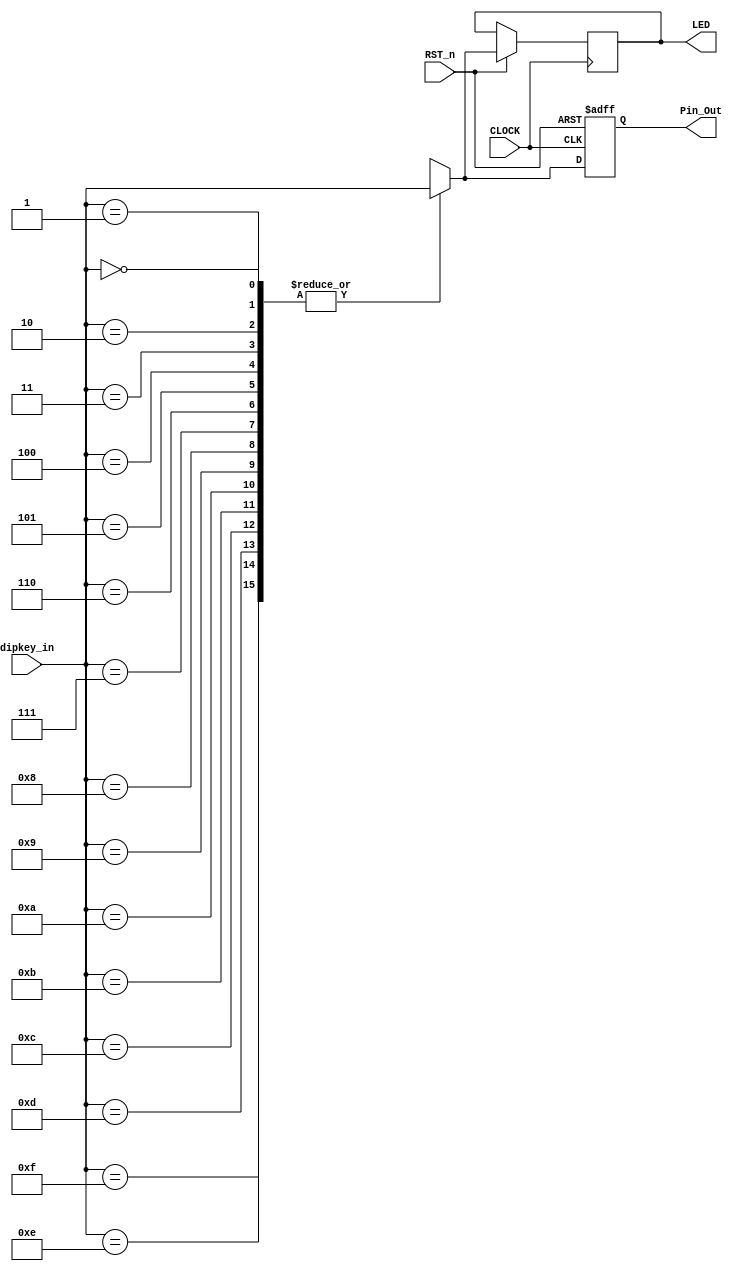
//****************************************************************************//
//# @Author: 
//# @Date:   2019-06-10 22:51:49
//# @Last Modified by:   zlk
//# @WeChat Official Account: OpenFPGA
//# @Last Modified time: 2019-08-26 22:06:39
//# Description: 
//# @Modification History: 2019-06-11 21:37:04
//# Date			    By			   Version			   Change Description: 
//# ========================================================================= #
//# 2019-06-11 21:37:04
//# ========================================================================= #
//# |                                          								| #
//# |                                OpenFPGA     							| #
//****************************************************************************//
`timescale 1ns / 1ps
module Dipswichfuncmod_module 
(
    CLOCK, 
	RST_n,            // 
	dipkey_in,         // DIP(DIP0~DIP3)
    LED,	
	Pin_Out           // LED,16LED(LED1~LED16)
	
);

//========================================================
// PORT declarations
//========================================================						
input        CLOCK; 
input        RST_n;
input  [3:0] dipkey_in;
output [3:0] Pin_Out;
output reg[3:0] LED;

//=====================================================
// 
//=====================================================
reg [3:0] rPin_Out;
always @ (posedge CLOCK or negedge RST_n)      //
begin
    if (!RST_n)                 //
         rPin_Out <= 4'd0;     //
    else
         case(dipkey_in)
					 
					 0,1,2,3,4,5,6,7,8,9,10,11,12,13,14,15: 
					 begin rPin_Out <= dipkey_in;LED<=dipkey_in; end
					 
					 default:
					 begin rPin_Out <= 4'hf;LED<=4'hf; end
					 
				endcase
end
//====================================================
// 
//====================================================
 
assign Pin_Out = rPin_Out;
           
endmodule